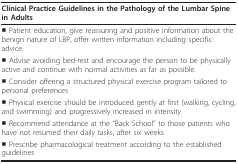
| Clinical Practice Guidelines in the Pathology of the Lumbar Spine in Adults |
 | --- |
 | ■ Patient education, give reassuring and positive information about the benign nature of LBP, offer written information including specific advice. |
 | ■ Advise avoiding bed-rest and encourage the person to be physically active and continue with normal activities as far as possible. |
 | ■ Consider offering a structured physical exercise program tailored to personal preferences |
 | ■ Physical exercise should be introduced gently at first (walking, cycling, and swimming) and progressively increased in intensity. |
 | ■ Recommend attendance at the "Back School" to those patients who have not resumed their daily tasks, after six weeks. |
 | ■ Prescribe pharmacological treatment according to the established guidelines |